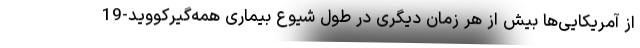
از آمریکایی‌ها بیش از هر زمان دیگری در طول شیوع بیماری همه‌گیرکووید-19